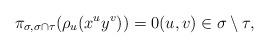
LaTeX: \begin{align*}\pi_{\sigma, \sigma\cap \tau}(\rho_u(x^uy^v))=0 (u,v) \in \sigma \setminus \tau,\end{align*}